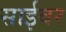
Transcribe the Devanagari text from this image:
साईबर